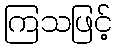
ကြသဖြင့်